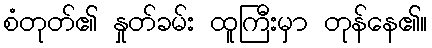
စံတုတ်၏ နှုတ်ခမ်း ထူကြီးမှာ တုန်နေ၏။